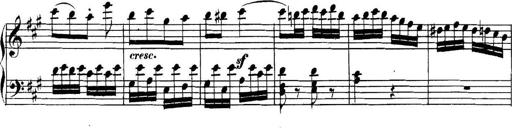
Title: Collected Piano Sonatas
Composer: Muzio Clementi